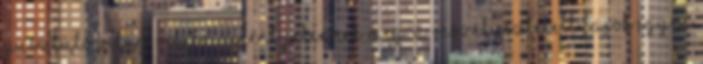
pusztuló világ relikviáiként jelennek meg. A veszélyeztetett fajok egyen